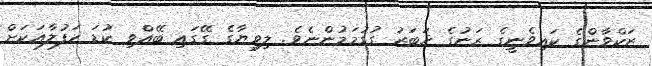
ޒަކްވާންގެ ކައިވެނީގެ ރަނުގެ ޚަބަރު ގުގުމަމުންނެވެ. ލިވިޔާގެ ގޭގައި ބޭއްވި ކުޑަ ހަފުލާއަކަށް